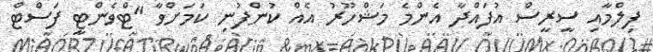
ފިލްމާއި ސީރީސް އުފައްދާ އެންމެ މަޝްހޫރު އެއް ކުންފުނި ކަމަށްވާ "ޓްވެންޓީ ފަސްޓް